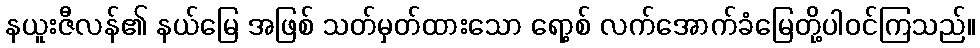
နယူးဇီလန်၏ နယ်မြေ အဖြစ် သတ်မှတ်ထားသော ရော့စ် လက်အောက်ခံမြေတို့ပါဝင်ကြသည်။